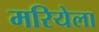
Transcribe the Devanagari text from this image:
मरियेला